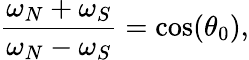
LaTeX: \frac{\omega_{N}+\omega_{S}}{\omega_{N}-\omega_{S}}=\cos(\theta_{0}),